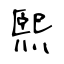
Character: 熙